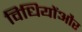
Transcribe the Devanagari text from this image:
विधियोंऔर